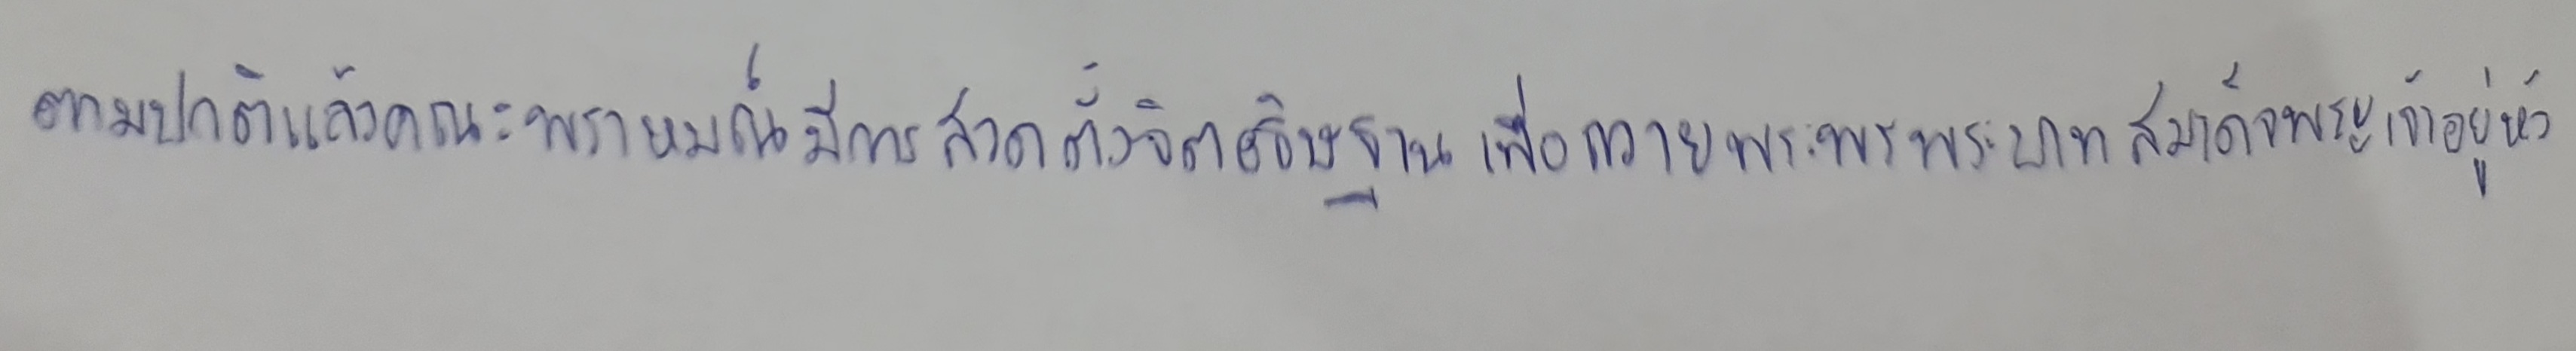
ตามปกติแล้วคณะพราหมณ์มีการสวดตั้งจิตอธิษฐานเพื่อถวายพระพรพระบาทสมเด็จพระเจ้าอยู่หัว